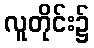
လူတိုင်း၌